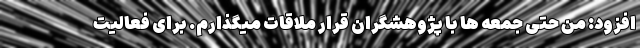
افزود: من حتی جمعه ها با پژوهشگران قرار ملاقات میگذارم. برای فعالیت